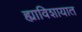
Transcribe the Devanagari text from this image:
ह्याविशायात